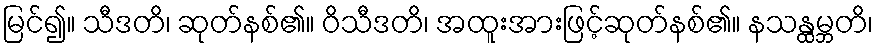
မြင်၍။ သီဒတိ၊ ဆုတ်နစ်၏။ ဝိသီဒတိ၊ အထူးအားဖြင့်ဆုတ်နစ်၏။ နသန္ထမ္ဘတိ၊